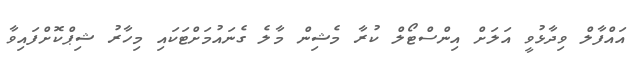
އައްފާލް ވިދާޅުވީ އަލަށް އިންސްޓޯލް ކުރާ މެޝިން މާލެ ގެނައުމަށްޓަކައި މިހާރު ޝިޕްކޮށްފައިވާ